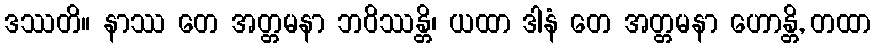
ဒဿတိ။ နာဿ တေ အတ္တမနာ ဘဝိဿန္တိ၊ ယထာ ဒါနံ တေ အတ္တမနာ ဟောန္တိ, တထာ